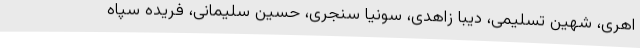
اهری، شهین تسلیمی، دیبا زاهدی، سونیا سنجری، حسین سلیمانی، فریده سپاه